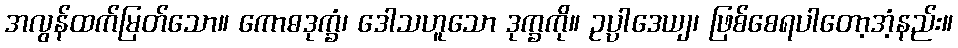
အလွန်ထက်မြတ်သော။ ကောဓဒုက္ခံ၊ ဒေါသဟူသော ဒုက္ခကို။ ဥပ္ပါဒေယျ၊ ဖြစ်စေရပါတော့အံ့နည်း။